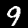
Label: 9